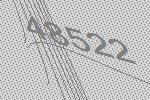
48522